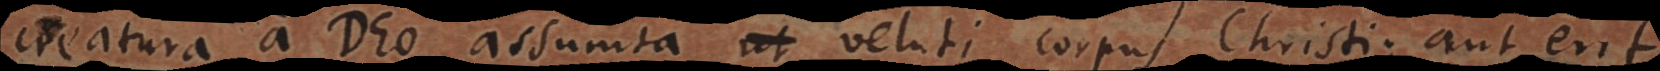
creatura a Deo assumta, ut veluti corpus Christi; aut erit